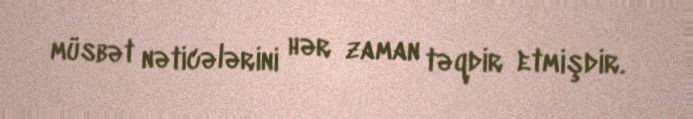
müsbət nəticələrini hər zaman təqdir etmişdir.